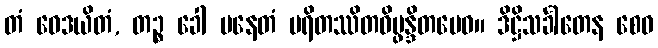
တံ ဝေဒယိတံ, တဉ္စ ခေါ ပနေတံ ပရိတဿိတဝိပ္ဖန္ဒိတမေဝ။ ဒိဋ္ဌိသင်္ခါတေန စေဝ